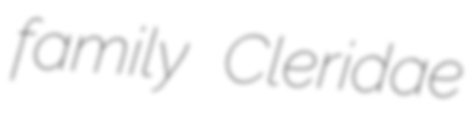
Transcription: family Cleridae